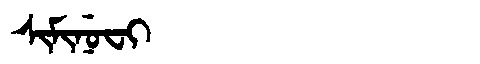
Manchu: ᠰᡳᠮᡳᠨᡠᠸᡳ
Romanization: SIMINUFI